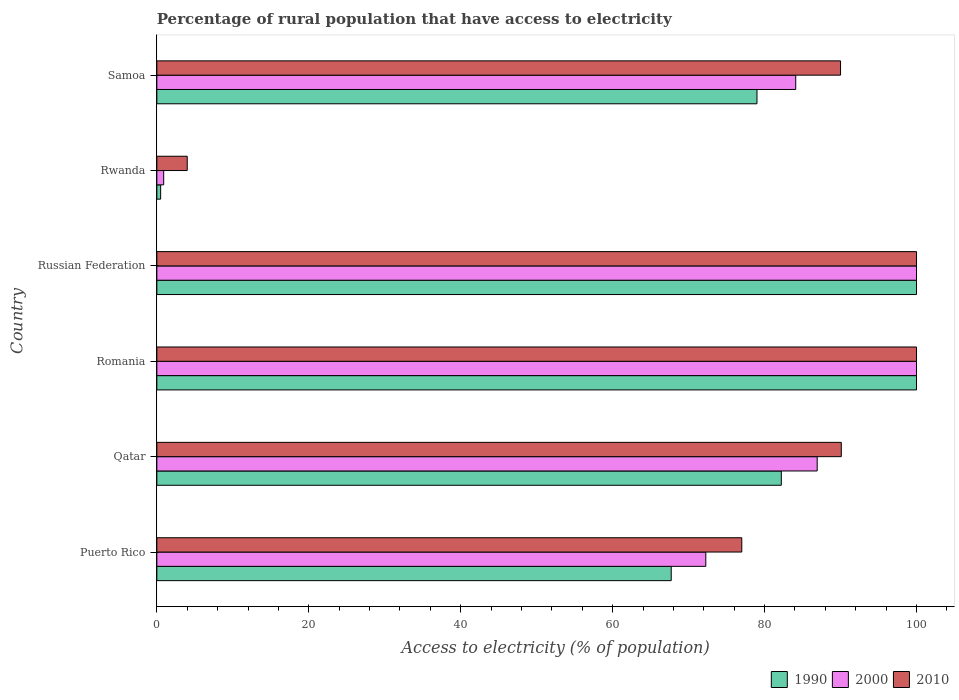
| Country | 1990 | 2000 | 2010 |
 | --- | --- | --- | --- |
 | Puerto Rico | 67.7 | 72.3 | 77 |
 | Qatar | 82.2 | 86.9 | 90.1 |
 | Romania | 100 | 100 | 100 |
 | Russian Federation | 100 | 100 | 100 |
 | Rwanda | 0.5 | 0.9 | 4 |
 | Samoa | 79 | 84.1 | 90 |